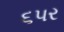
૬પર